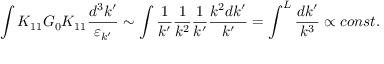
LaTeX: \int K _ { 1 1 } G _ { 0 } K _ { 1 1 } \frac { d ^ { 3 } k ^ { \prime } } { \varepsilon _ { k ^ { \prime } } } \sim \int \frac { 1 } { k ^ { \prime } } \frac { 1 } { k ^ { 2 } } \frac { 1 } { k ^ { \prime } } \frac { k ^ { 2 } d k ^ { \prime } } { k ^ { \prime } } = \int ^ { L } \frac { d k ^ { \prime } } { k ^ { 3 } } \propto c o n s t .